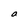
Character: a